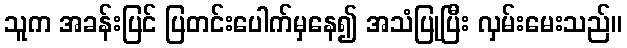
သူက အခန်းပြင် ပြတင်းပေါက်မှနေ၍ အသံပြုပြီး လှမ်းမေးသည်။